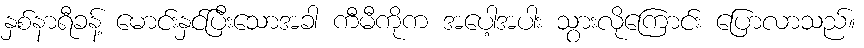
နှစ်နာရီခန့် မောင်းနှင်ပြီးသောအခါ ကီမီကိုက အပေါ့အပါး သွားလိုကြောင်း ပြောလာသည်။